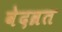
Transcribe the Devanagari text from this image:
वेदव्रत